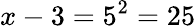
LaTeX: x-3=5^{2}=25